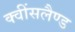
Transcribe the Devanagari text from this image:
क्वींसलैण्ड